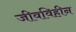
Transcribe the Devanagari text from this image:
जीवविहीन